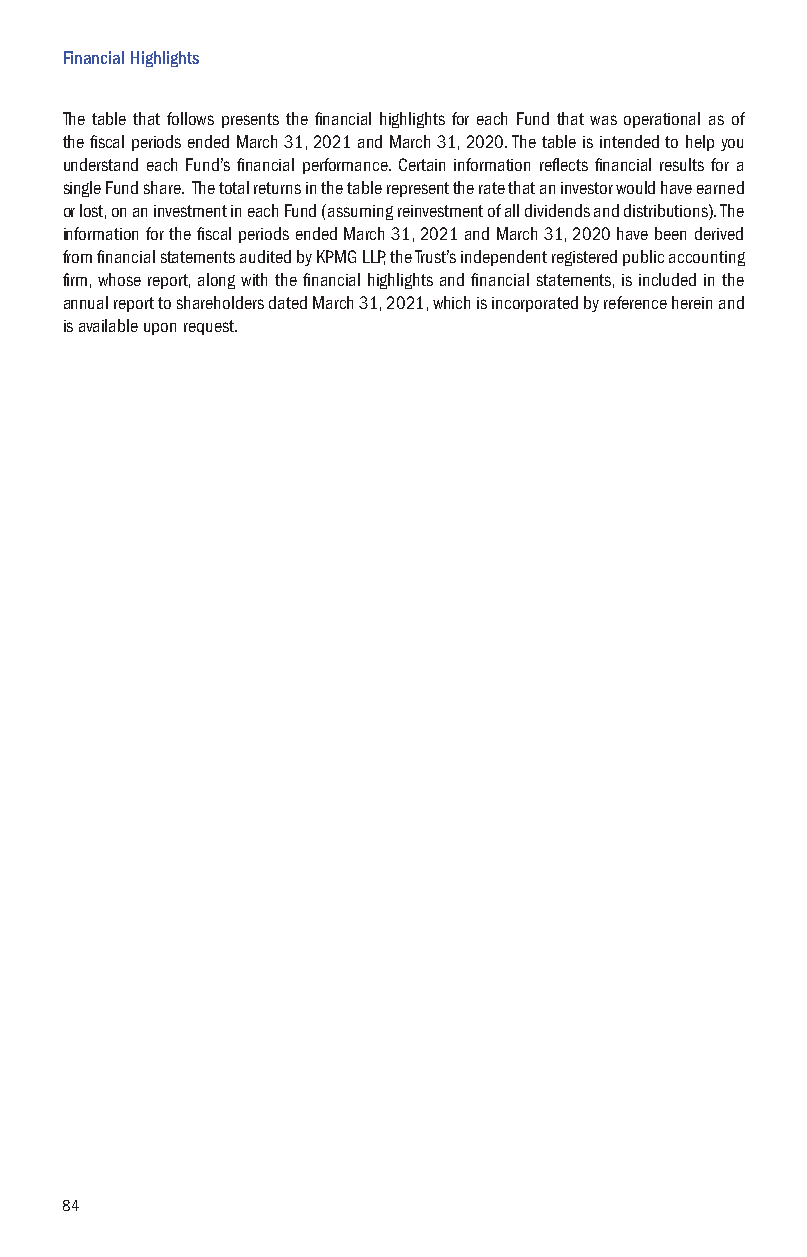
Financial Highlights
 The table that follows presents the financial highlights for each Fund that was operational as of
 the fiscal periods ended March 31, 2021 and March 31, 2020. The table is intended to help you
 understand each Fund’s financial performance. Certain information reflects financial results for a
 single Fund share. The total returns in the table represent the rate that an investor would have earned
 or lost, on an investment in each Fund (assuming reinvestment of all dividends and distributions). The
 information for the fiscal periods ended March 31, 2021 and March 31, 2020 have been derived
 from financial statements audited by KPMG LLP, the Trust’s independent registered public accounting
 firm, whose report, along with the financial highlights and financial statements, is included in the
 annual report to shareholders dated March 31, 2021, which is incorporated by reference herein and
 is available upon request.
 84